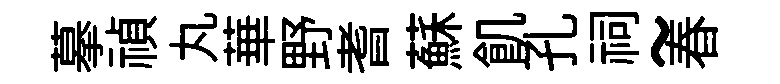
摹禎丸華野耆蘇飢孔祠~春